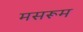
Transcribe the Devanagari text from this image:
मसरूम